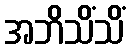
အဘိသိံသိံ